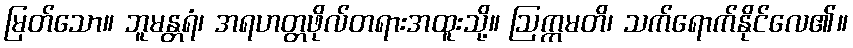
မြတ်သော။ ဘူမန္တရံ၊ အရဟတ္တဖိုလ်တရားအထူးသို့။ ဩက္ကမတိ၊ သက်ရောက်နိုင်လေ၏။